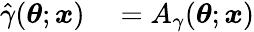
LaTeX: \begin{array}{rl}{\hat{\gamma}(\boldsymbol{\theta};\boldsymbol{x})}&{{}=A_{\gamma}(\boldsymbol{\theta};\boldsymbol{x})}\end{array}